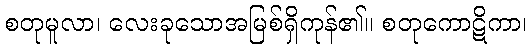
စတုမူလာ၊ လေးခုသောအမြစ်ရှိကုန်၏။ စတုကောဋိကာ၊